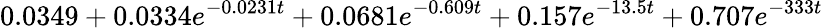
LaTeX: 0.0349+0.0334e^{-0.0231t}+0.0681e^{-0.609t}+0.157e^{-13.5t}+0.707e^{-333t}